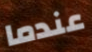
عندما